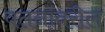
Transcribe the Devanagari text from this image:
वतनांवरील